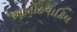
આબોહવાકિય